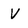
Character: V